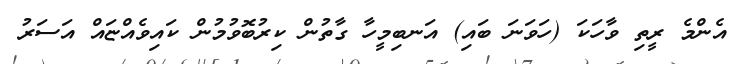
އެންމެ ރީތި ވާހަކަ (ހަވަނަ ބައި) އަނބިމީހާ ގާތުން ކިރުބޮވުމުން ކައިވެއްޏައް އަސަރު